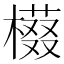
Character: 𱤔